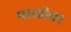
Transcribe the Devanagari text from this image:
पाखीवर